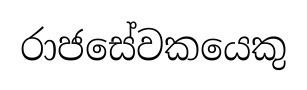
රාජසේවකයෙකු